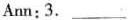
Ann:3. ____